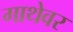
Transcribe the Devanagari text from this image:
गाथेवर